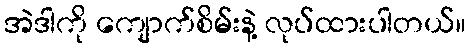
အဲဒါကို ကျောက်စိမ်းနဲ့ လုပ်ထားပါတယ်။